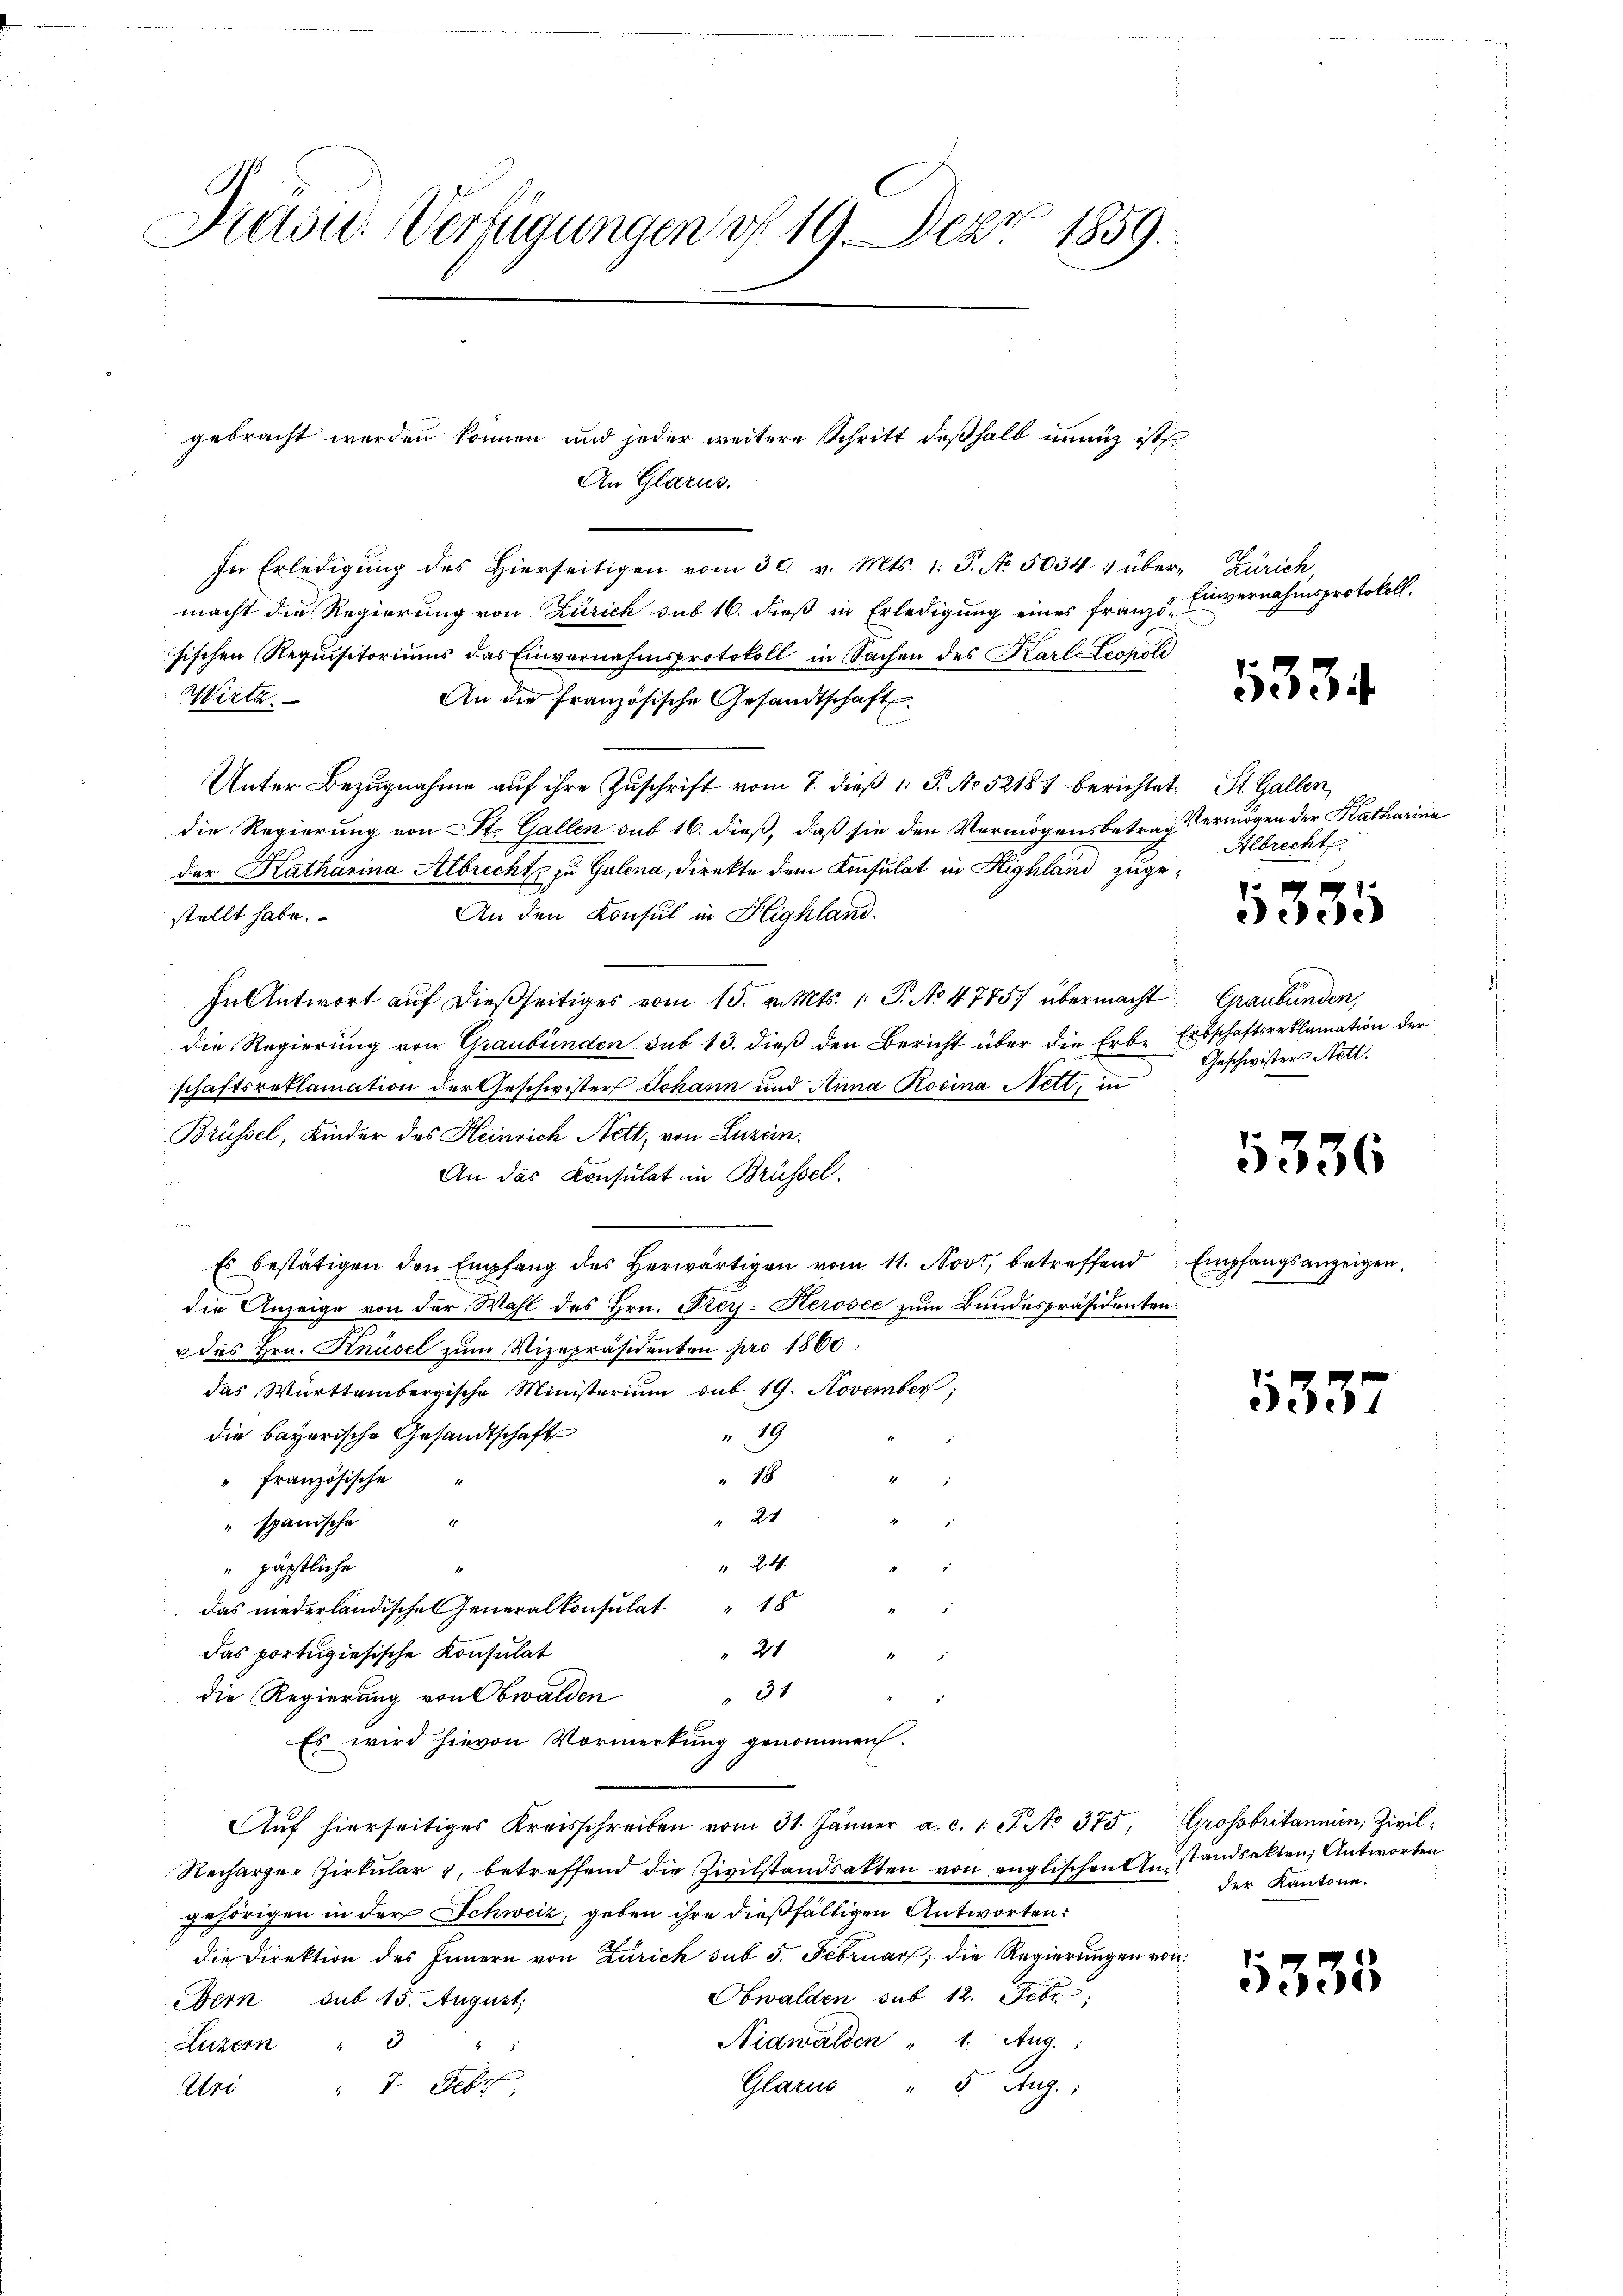
Präsid. Verfügungen of 19 Dez. 1859.

In Erledigung des hierseitigen vom 30. v. Mts. 1. P. No. 5034 1 über Zürich,
macht die Regierung von Zürich sub 16. dieß in Erledigung eines französischen Requisitoriums das Einvernahmsprotokoll in Sachen des Karl Leopoli
Wieta
An die französische Gesandtschaft
Unter Bezugnahme auf ihre Zuschrift vom 7. dieß 1 S. No 52181 berichtet St. Gallen,
die Regierung von St. Gallen sub 16. dieß, daß sie den Vermögensbetrag Vermögen der Katharina
der Katharina Albrecht zu Galena, direkte dem Konsulat in Highland zuge¬
An den Konsul in Highland.
stellt habe.
In Antwort aŭf dießseitiges vom 15. v. Mts. 1 S. No 1775. übermacht Graubünden,
die Regierung von Graubünden sub 13. dieß den Bericht über die Erbe Erbschaftsreklamation der
schaftsreklamation der Geschwister Johann und Anna Rosina Nett, in
Brüssel, Kinder des Heinrich Nett, von Luzern.
An das Konsulat in Brüssel.
e
u
Es bestätigen den Empfang des herwärtigen vom 11. Nov., betreffend Empfangsanzeigen,
die Anzeige von der Wahl des Hrn. Frey-Herosee zum Bundespräsidenten
u des Hrn. Knüsel zum Vizepräsidenten pro 1860.
das Württembergische Ministerium sub 19. November;
die bayerische Gesandtschaft
79
" 18
" Französische
" 24
" spanische
" 24
"päpstliche
i
das niederländischen Generalkonsulat 18
21
das portugiesische Konsulat
31
die Regierung von Obwalden

Es wird hievon Vormerkung genommen.
Auf hierseitiges Kreisschreiben vom 31. Jänner a. c. 1. J. No 375, Grossbritannien, Zivil¬
Recharger Zirkular 1, betreffend die Zivilstandsakten von englischen Anstandsakten; Antworten
gehörigen in der Schweiz, geben ihre dießfälligen Antworten:
die Direktion des Innern von Zürich sub 5. Februar, die Regierungen von
Obwalden sub 12. Febr
Stern sub 15. August.
Nidwalden " 1. Aug.:
Luzern " 3
g
Glarus " 5. Aug.
 7 Febr
Uri

gebracht worden können und jeder weitere Schritt deßhalb unenz ist
An Glarus.

Einvernahmsprotokoll.

533.

Albrecht.
Geschwister Nett.

1335

1336

5357

5335

der Kantone.